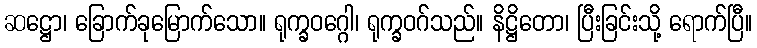
ဆဋ္ဌော၊ ခြောက်ခုမြောက်သော။ ရုက္ခဝဂ္ဂေါ၊ ရုက္ခဝဂ်သည်။ နိဋ္ဌိတော၊ ပြီးခြင်းသို့ ရောက်ပြီ။